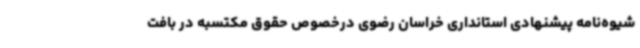
شیوه‌نامه پیشنهادی استانداری خراسان رضوی درخصوص حقوق مکتسبه در بافت